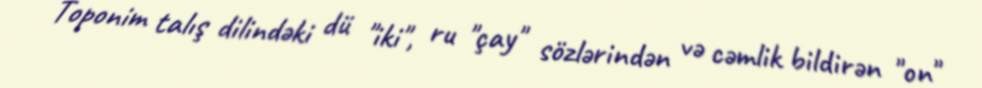
Toponim talış dilindəki dü "iki", ru "çay" sözlərindən və cəmlik bildirən "on"